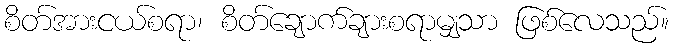
စိတ်အားငယ်စရာ၊ စိတ်ချောက်ချားစရာမျှသာ ဖြစ်လေသည်။